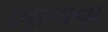
ખાળવા